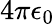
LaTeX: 4\pi\epsilon_{0}